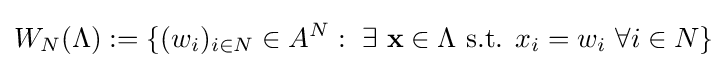
W_{N}(\Lambda ):=\{(w_{i})_{i\in N}\in A^{N}:\ \exists \ \mathbf {x} \in \Lambda {\text{ s.t. }}x_{i}=w_{i}\ \forall i\in N\}